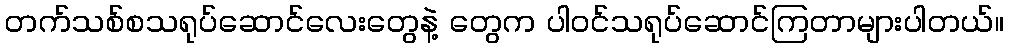
တက်သစ်စသရုပ်ဆောင်လေးတွေနဲ့ တွေက ပါဝင်သရုပ်ဆောင်ကြတာများပါတယ်။